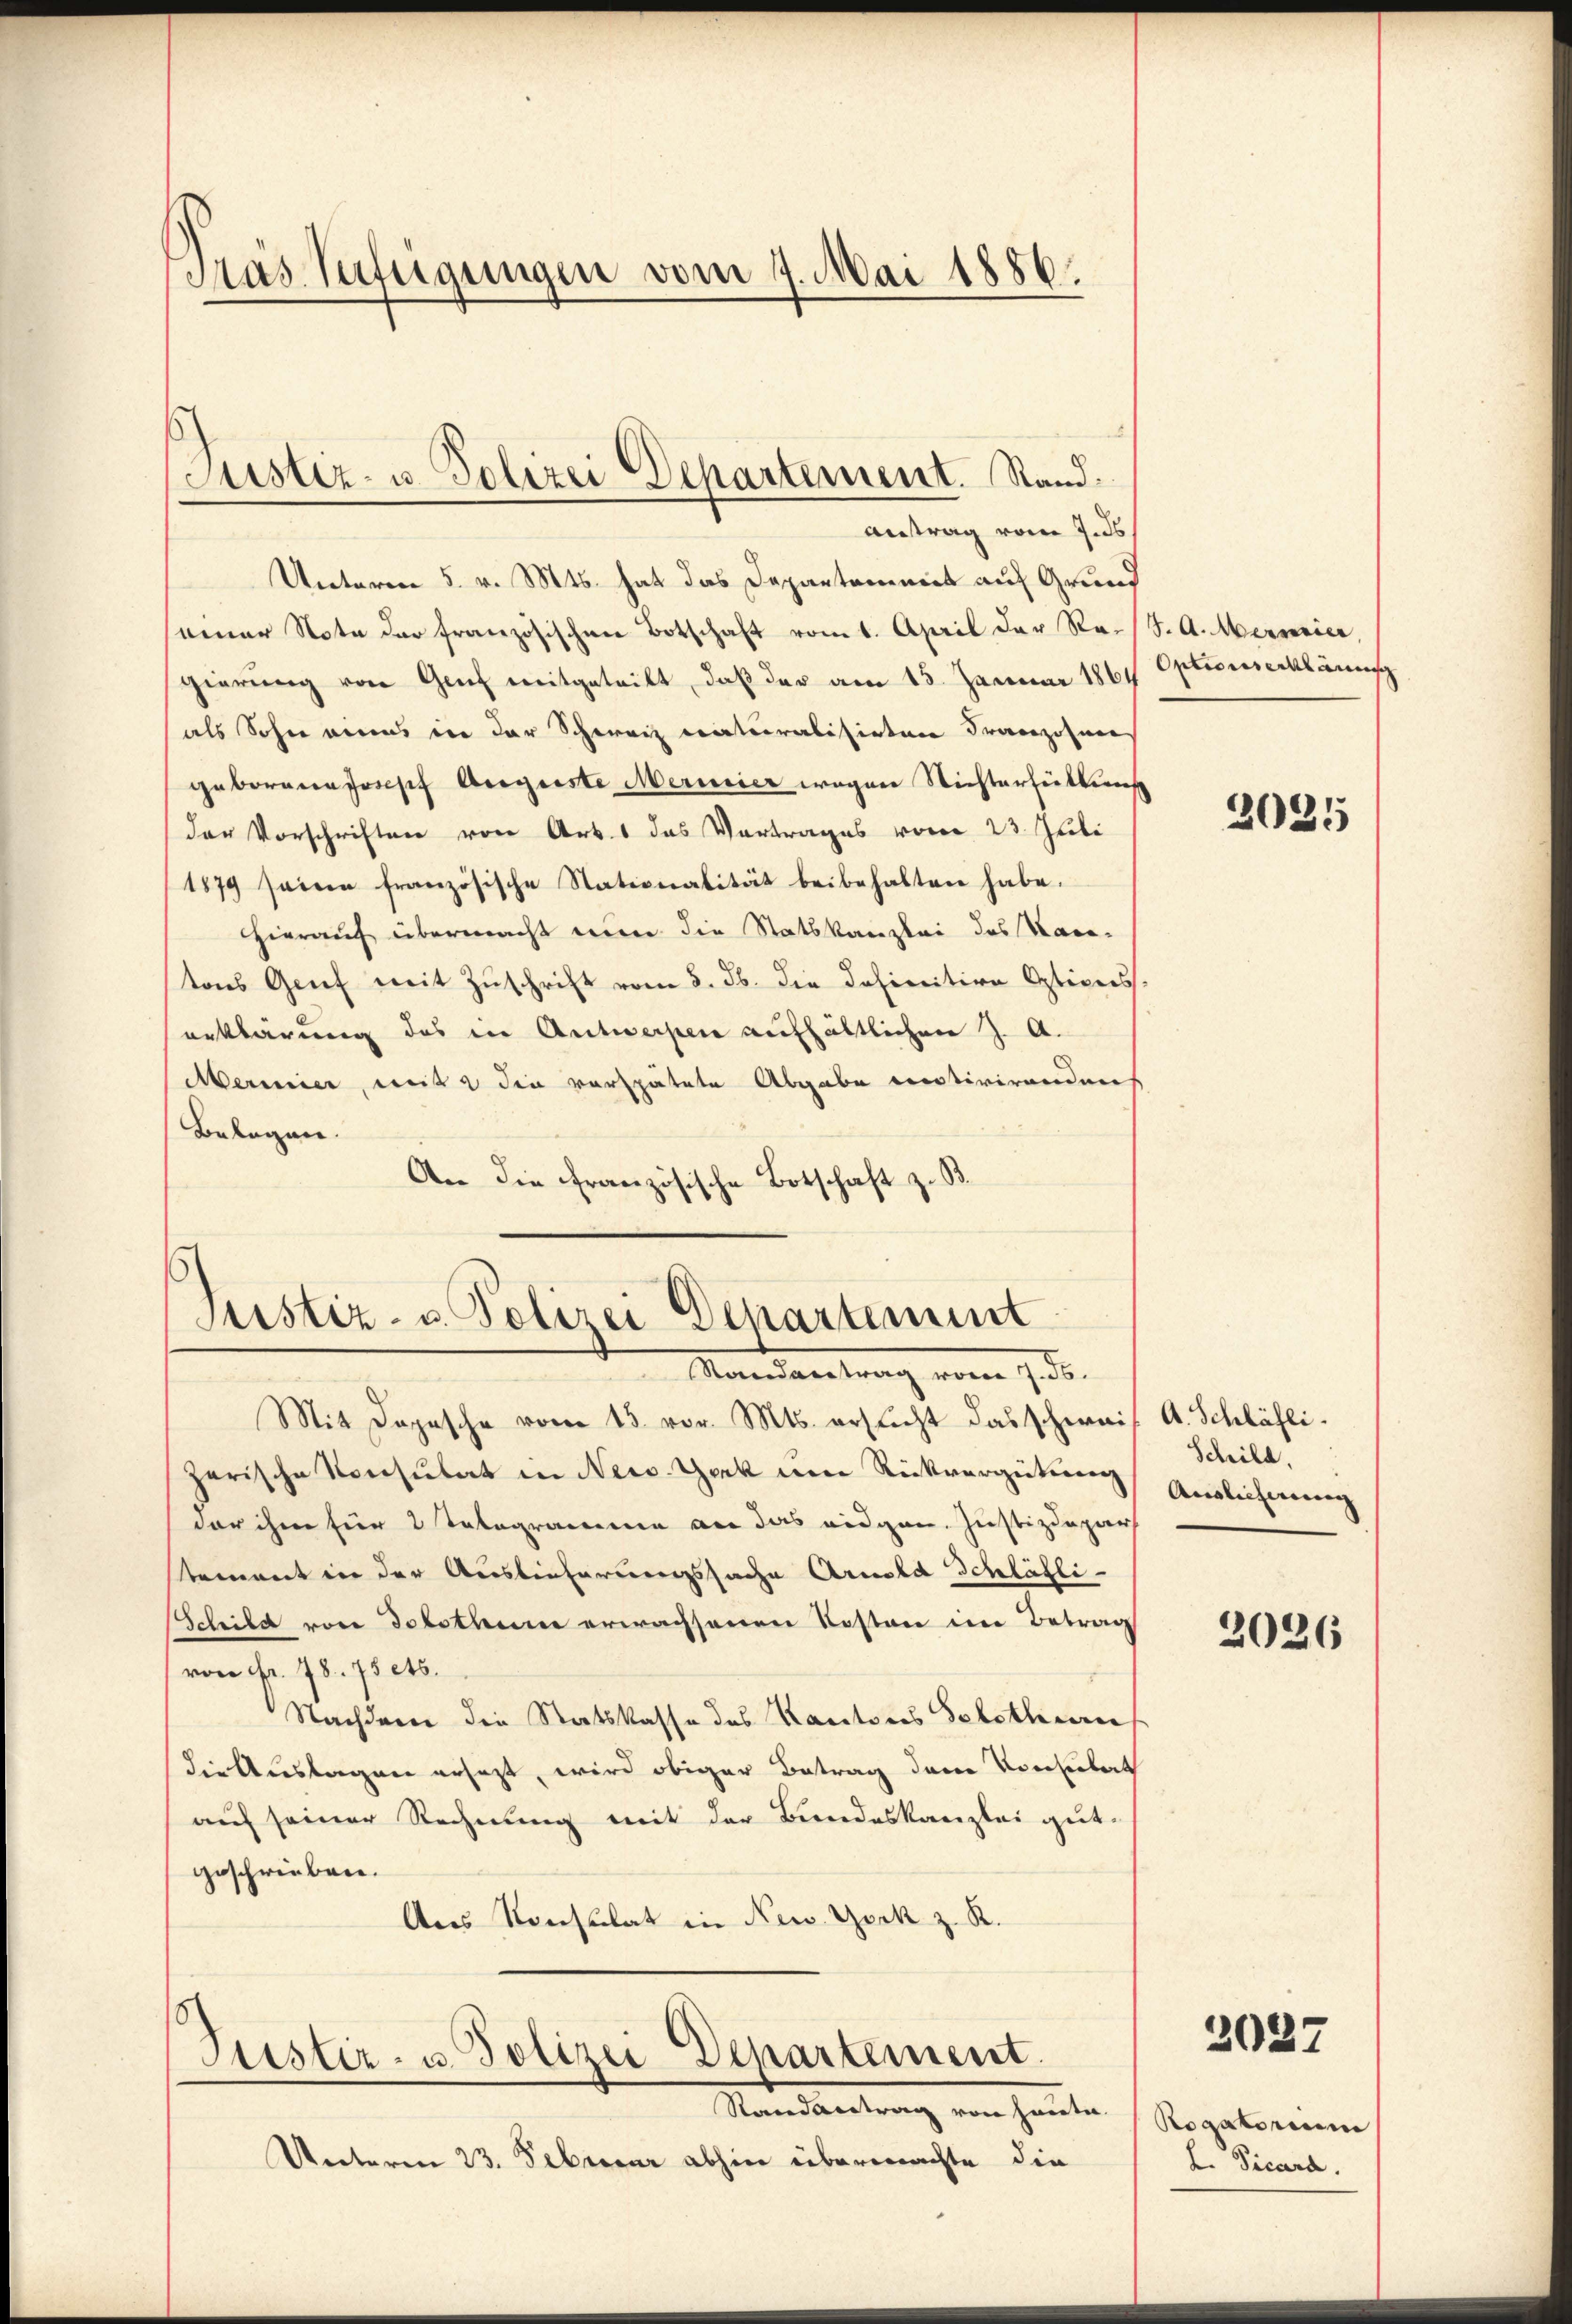
Träs Verfügungen vom 9. Mai 1886.

Unterm 5. v. Mts. hat das Departemmit auf Grund
seiner Note der französischen Botschaft vom 1. April der Ra./J. A. Merweier,
gierung von Genf mitgeteilt, daß der am 15. Januar 1861 Optionserklärung
als Sohn eines in der Schweiz naturalisirten Franzosens
geboren Josef Augeste Mermier wegen Nichterheitsuns
der Vorschriften von Art. 1 das Vortrages vom 23. Juli
1879 seine französische Stationalität beibehalten habe.
hierauf übermacht mir die Statskanzlei des Kantons Grief mit Zuschrift vom 8. Jb. die dahinition Optices
erklärung des in Antwerpen aufhältlichen J. A.
Mermier, mit 2 die verspätete Abgabe entivirenden
Belegen.
An die Französische Botschaft z. B.

Justiz- u. Polizei Departement. Stand
Antrag vom 7. ds.

s
Justiz- u. Polizei Departement
Mandantrag vom 7. ds.

Mit Depesche vom 15. vor. Mts. ersucht das schwais A. Schläflizerische Konsulat in New York um Rückvergütung Auslichnung
dar ihm für 2 Tatogrammen an das eidgen. Justizdepar
stement in der Auslieferungssache Arnold Schläfti¬
Schild von Solothum erwachsenen Kosten im Betrag
von Fr. 78. 75 ets.
Nachdem die Statskasse des Kantons Solothu
die Auslagen ersezt, wird obiger Betrag dem Konsulat
auf seiner Rechnung mit der Bundeskanzlei gutgeschrieben.
Ans Konstitat in New York z. R.

Justir- u. Polizei Departement.
Randvertrag von heute.

Unterm 23. Februar abhin übermachte die

2025

Schild,

2026

2027

Roaatorium
L. Vicara.